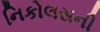
નિકોલસની